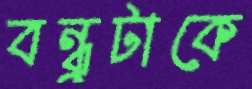
বন্ধুটাকে